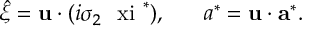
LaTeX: \hat { \xi } = { \bf u } \cdot ( i \sigma _ { 2 } \mathrm { \boldmath ~ \ x i ~ } ^ { * } ) , ~ ~ ~ ~ ~ a ^ { * } = { \bf u } \cdot { \bf a } ^ { * } .